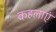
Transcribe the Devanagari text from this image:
कहलाएं